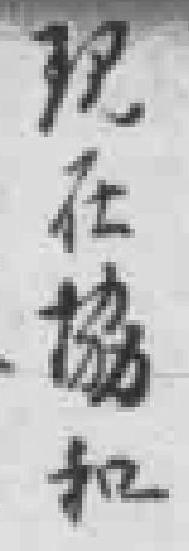
现在協和